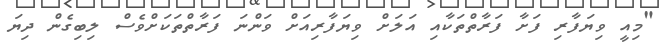
"މިއީ ވިޔަފާރި ފަށާ ފަރާތްތަކާއި އަލަށް ވިޔަފާރިއަށް ވަންނަ ފަރާތްތަކަށްވެސް ލިބިގެން ދިޔަ